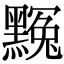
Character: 𪑲